Annual administration report of the Civil Veterinary Department of India - 1895-1896
Year: 1895
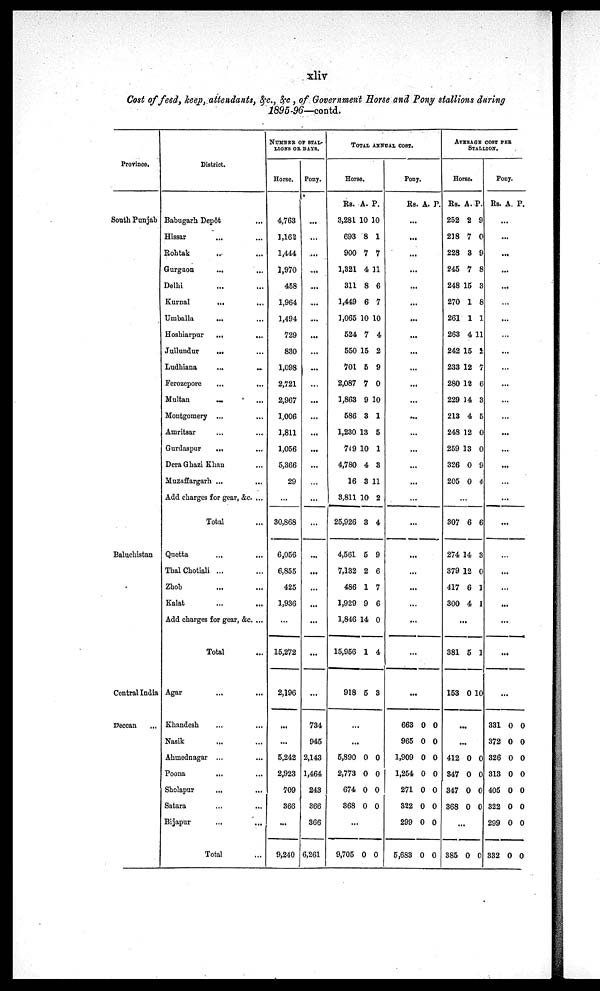
xliv
Cost of feed, keep, attendants, &c., &c , of Government Horse and Pony stallions during
1895-96—contd.
Province,
South Punjab
Baluchistan
Central India
Deccan
District.
Babugarh Depôt
Hissar
Rohtak ... ...
Gurgaon
... ...
Delhi ... ...
Kurnal
... ...
Umballa ... ...
Hoshiarpur
... ...
Jullundur
... ...
Ludhiana
... ...
Ferozepore ... ...
Multan ... ...
Montgomery ... ...
Amritsar... ...
Gurdaspur
... ...
Dera Ghazi Khan ...
Muzaffargarh ... ...
Add charges for gear, &c. ...
Total ...
Quetta ... ...
Thal Chotiali ... ...
Zhob ... ...
Kalat... ...
Add charges for gear, &c.... ...
Total ...
Agar
...
...
Khandesh ... ...
Nasik ... ...
Ahmednagar ... ...
Poona
...
...
Sholapur ... ...
Satara... ...
Bijapur ...
Total ...
NUMBER OF STAL-
LIONS OR DAYS.
Horse.
4,763
1,162
1,444
1,970
458
1,964
1,494
729
830
1,098
2,721
2,967
1,006
1,811
1,056
5,366
29
...
30,868
6,056
6,855
425
1,936
...
15,272
2,196
......
...
5,242
2,923
709
366
...
9,240
Pony.
...
...
...
...
...
...
...
...
...
...
...
...
...
...
...
...
...
...
...
...
...
...
...
...
...
...
734
945
2,143
1,464
243
366
366
6,261
TOTAL ANNUAL COST.
Horse.
Rs.
3,281
693
900
1,321
311
1,449
1,065
524
550
701
2,087
1,863
586
1,230
749
4,780
16
3,811
25,926
4,561
7,132
486
1,929
1,846
15,956
918
...
...
5,890
2,773
674
368
...
9,705
A.
10
8
7
4
8
6
10
7
15
5
7
9
3
13
10
4
3
10
3
5
2
1
9
14
1
5
...
...
0
0
0
0
...
0
P.
10
1
7
11
6
7
10
4
2
9
0
10
1
5
1
3
11
2
4
9
6
7
6
0
4
3
...
...
0
0
0
0
...
0
Pony.
Rs. A. P.
...
...
...
...
...
...
...
...
...
...
...
...
...
...
...
...
...
...
...
...
...
...
...
...
...
...
663
965
1,909
1,254
271
322
299
5,683
0
0
0
0
0
0
0
0
0
0
0
0
0
0
0
0
AVERAGE COST PER
STALLION.
Horse.
Rs.
252
218
228
245
248
270
261
263
242
233
280
229
213
248
259
326
205
...
307
274 1
379 1
417
300
..
381
153
...
..
412
347
347
368
...
385
A.
2
7
3
7
15
1
1
4
15
12
12
14
4
12
13
0
0
...
6
4
2
6
4
...
5
0
...
...
0
0
0
0
...
0
P.
9
0
9
8
3
8
1
11
2
7
6
3
5
0
0
9
4
...
6
3
0
1
1
1
10
...
...
0
0
0
0
...
0
Pony.
Rs. A. P
...
...
...
...
...
...
...
...
...
...
...
...
...
...
...
...
...
...
...
...
...
...
...
...
...
...
331
372
326
313
405
322
299
332
0
0
0
0
0
0
0
0
0
0
0
0
0
0
0
0